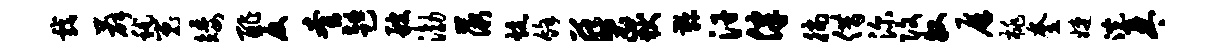
戏薛秫嵬矮酢反套趄艘渤薇炕余葵岳鞠汗律徜借深改牧屏桃奎婕浣琴